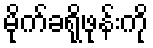
မိုက်ခရိုဖုန်းကို